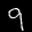
Label: 9